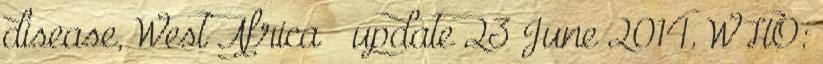
disease, West Africa – update 23 June 2014. WHO: